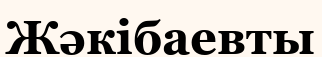
Жәкібаевты